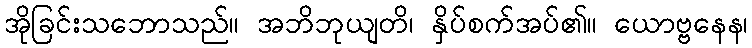
အိုခြင်းသဘောသည်။ အဘိဘုယျတိ၊ နှိပ်စက်အပ်၏။ ယောဗ္ဗနေန၊